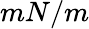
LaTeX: mN/m